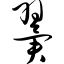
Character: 翼